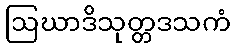
ဩဃာဒိသုတ္တဒသကံ